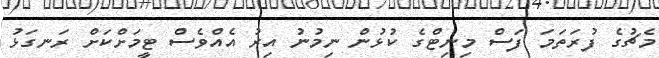
މެޗުގެ ފުރަތަމަ ފަސް މިނިޓްގެ ކުޅުން ނިމުނު އިރު އެއްވެސް ޓީމަށްކަށް ރަނގަޅު